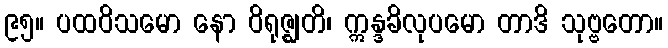
၉၅။ ပထဝိသမော နော ဝိရုဇ္ဈတိ၊ ဣန္ဒခိလုပမော တာဒိ သုဗ္ဗတော။